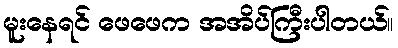
မူးနေရင် ဖေဖေက အအိပ်ကြီးပါတယ်။